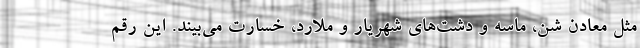
مثل معادن شن، ماسه و دشت‌های شهریار و ملارد، خسارت می‌بیند. این رقم